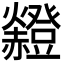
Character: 𧺄